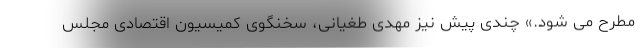
مطرح می شود.» چندی پیش نیز مهدی طغیانی، سخنگوی کمیسیون اقتصادی مجلس